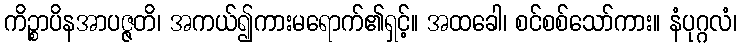
ကိဉ္စာပိနအာပဇ္ဇတိ၊ အကယ်၍ကားမရောက်၏ရှင့်။ အထခေါ၊ စင်စစ်သော်ကား။ နံပုဂ္ဂလံ၊